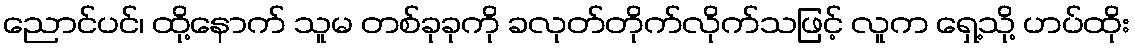
ညောင်ပင်၊ ထို့နောက် သူမ တစ်ခုခုကို ခလုတ်တိုက်လိုက်သဖြင့် လူက ရှေ့သို့ ဟပ်ထိုး